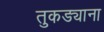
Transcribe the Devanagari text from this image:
तुकड्याना